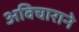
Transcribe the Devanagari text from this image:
अविचाराने